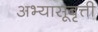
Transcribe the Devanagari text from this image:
अभ्यासूवृत्ती